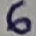
Text: 6